Lunatic asylums Punjab 1881-1894 - 1881-1894
Year: 1881
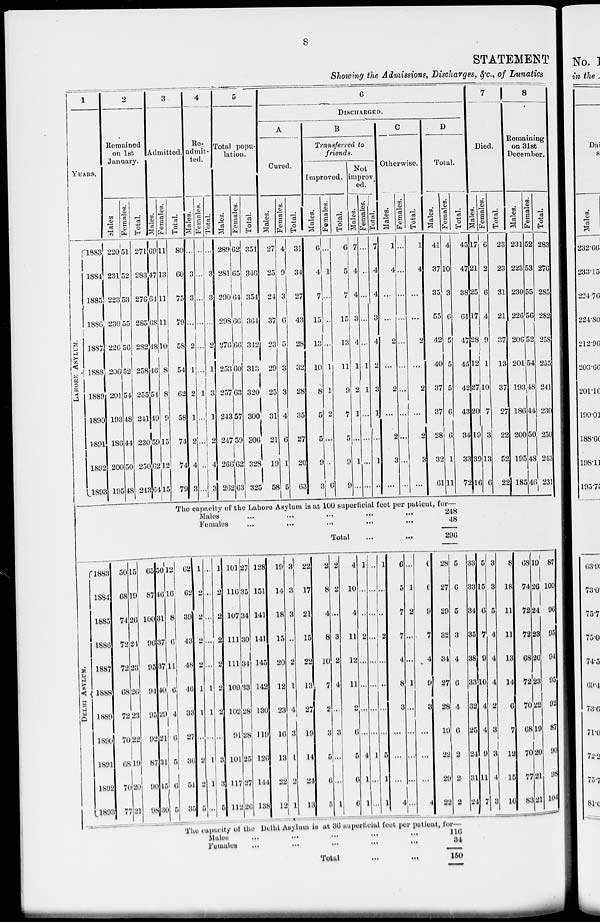
8
STATEMENT
Showing the Admissions, Discharges, &c., of Lunatics
1
YEARS.
LAHORE ASYLUM.
1883
1884
1885
1886
1887
1888
1889
1890
1891
1892
1893
2
Remained
on 1st
January.
Males
220
231
223
230
226
206
201
193
186
200
195
Females.
51
52
53
55
56
52
54
48
44
50
48
Total.
271
283
276
285
282
258
255
241
230
250
243
3
Admitted.
Males.
69
47
64
68
48
46
54
49
59
62
64
Females.
11
13
11
11
10
8
8
9
15
12
15
DELHI ASYLUM.
1883
1884
1885
1886
1887
1888
1889
1890
1891
1892
1893
50
68
74
72
72
68
72
70
68
70
77
15
19
26
24
23
26
23
22
19
20
21
65
87
100
96
95
94
95
92
87
90
98
50
46
31
37
37
40
29
21
31
45
30
12
16
8
6
11
6
4
6
5
6
5
Total.
80
60
75
79
58
54
62
58
74
74
79
Re-
admit-
te
Males.
...
3
3
...
2
1
2
1
2
4
3
4
d.
Females.
...
...
...
...
...
...
1
...
...
...
...
Total.
...
3
3
...
2
1
3
1
2
4
3
5
Total popu-
lation.
Males.
289
281
290
298
270
253
257
243
247
266
262
Females.
62
65
64
66
66
60
63
57
59
62
63
Total.
351
346
354
364
342
313
320
300
306
328
325
6
DISCHARGED.
A
Cured.
Males.
27
25
24
37
23
29
25
31
21
19
58
Females.
4
9
3
6
5
3
3
4
6
1
5
Total.
31
34
27
43
28
32
28
35
27
20
63
B
Transferred to
friends.
Improved.
Males.
6
4
7
15
13
10
8
5
5
9
3
Females.
...
1
...
...
...
1
1
2
...
...
6
Total.
6
5
7
15
13
11
9
7
5
9
9
Not
improv
ed.
Males.
7
4
4
3
4
1
2
1
...
1
...
Females.
...
...
...
...
...
1
1
...
...
...
...
Total.
7
4
4
3
4
2
3
1
...
1
...
C
Otherwise.
Males.
1
4
...
...
2
...
2
...
2
3
...
Females.
...
...
...
...
...
...
...
...
...
...
,..
Total.
1
4
...
...
2
...
2
...
2
3
...
D
Total.
Males.
41
37
35
55
42
40
37
37
28
32
61
Females.
4
10
3
6
5
5
5
6
6
1
11
Total
45
47
38
61
47
45
42
43
34
33
72
7
Died.
Males.
17
21
25
17
28
12
27
20
19
39
16
Females.
6
2
6
4
9
1
10
7
3
13
6
The capacity of the Lahore Asylum is at 100 superficial feet per patient, for—
Males ... .... ...
Females
...
...
...
Total ... ...
62
62
39
43
48
40
33
27
30
51
35
1
2
2
2
2
1
1
...
2
2
5
...
...
...
...
...
1
1
...
1
1
...
1
2
2
2
2
2
2
...
3
3
5
101
116
107
111
111
109
102
91
101
117
112
27
35
34
30
34
33
28
28
25
27
26
128
151
141
141
145
142
130
119
126
144
138
19
14
18
15
20
12
23
16
13
22
12
3
3
3
...
2
1
4
3
1
2
1
22
17
21
15
22
13
27
19
14
24
13
2
8
4
8
10
7
2
3
5
6
5
2
2
...
3
2
4
...
3
...
...
1
4
10
4
11
12
11
2
6
5
6
6
1
...
...
2
...
...
...
...
4
1
1
...
...
...
...
...
...
...
...
1
...
...
1
...
...
2
...
...
...
...
5
1
1
6
5
7
7
4
8
3
...
...
...
4
...
1
2
...
...
1
...
...
...
...
...
0
0
9
7
4
9
3
...
...
...
4
248
48
296
28
27
29
32
34
27
28
19
22
29
22
5
6
5
3
4
6
4
6
2
2
2
33
33
34
35
38
33
32
25
24
31
24
The capacity of the Delhi Asylum is at 36 superficial feet per patient, for—
Males
...
...
...
...
...
Females
...
...
...
...
...
Total ... ...
116
34
150
5
15
6
7
9
10
4
4
9
11
7
3
3
5
4
4
4
2
3
3
4
3
Total.
23
23
31
21
37
13
37
27
22
52
22
8
Remaining
on 31st
December.
Males.
231
223
230
226
206
201
193
186
200
195
185
Females.
52
53
55
56
52
54
48
44
50
48
46
Total.
283
276
285
282
258
255
241
230
250
243
231
8
18
11
11
13
14
6
7
12
15
10
68
74
72
72
68
72
70
68
70
77
83
19
26
24
23
26
23
22
19
20
21
21
87
100
96
95
94
95
92
87
90
98
104